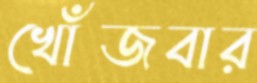
খোঁজবার